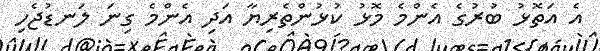
އެ އަތޮޅު ބުރުގެ އެންމެ މޮޅު ކުޅުންތެރިޔާ އަދި އެންމެ ގިނަ ލަނޑުޖެހި